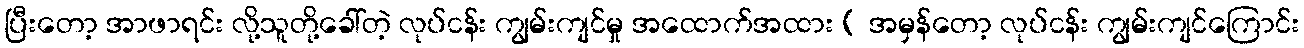
ပြီးတော့ အာဖာရင်း လို့သူတို့ခေါ်တဲ့ လုပ်ငန်း ကျွမ်းကျင်မှု အထောက်အထား ( အမှန်တော့ လုပ်ငန်း ကျွမ်းကျင်ကြောင်း